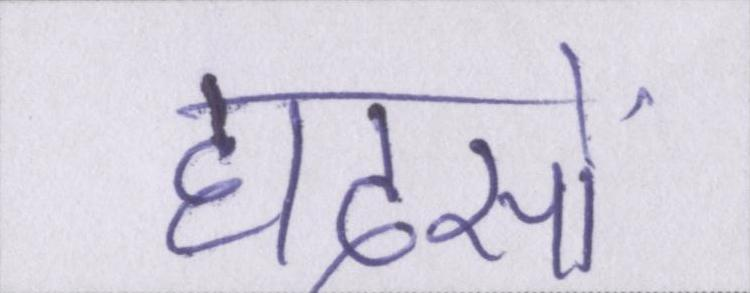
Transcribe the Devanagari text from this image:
हादसों